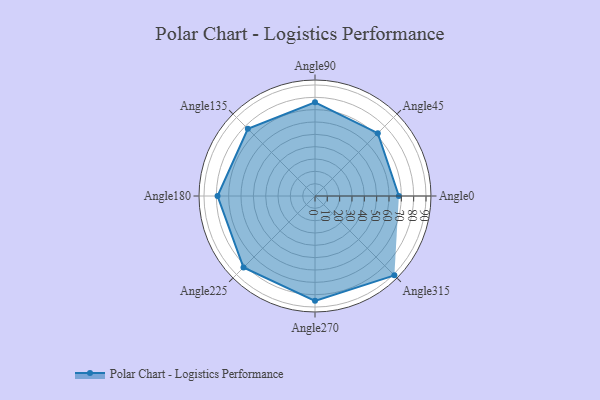
{"axis": {"x": "Angle", "y": "Radius"}, "legend": [""], "data": [{"x": "Angle0", "y": 68.0, "type": ""}, {"x": "Angle45", "y": 72.0, "type": ""}, {"x": "Angle90", "y": 76.0, "type": ""}, {"x": "Angle135", "y": 77.0, "type": ""}, {"x": "Angle180", "y": 79.0, "type": ""}, {"x": "Angle225", "y": 82.0, "type": ""}, {"x": "Angle270", "y": 85.0, "type": ""}, {"x": "Angle315", "y": 91.0, "type": ""}]}